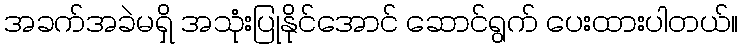
အခက်အခဲမရှိ အသုံးပြုနိုင်အောင် ဆောင်ရွက် ပေးထားပါတယ်။